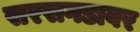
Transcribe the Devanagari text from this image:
सरसगडावर